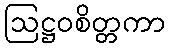
ဩဋ္ဌဝစိတ္တကာ